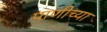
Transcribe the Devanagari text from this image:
पाणीच्या